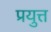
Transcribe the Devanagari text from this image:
प्रयुत्त